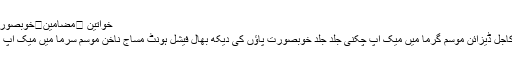
خواتین ⬅مضامین⬅خوبصورتی⬅دھوپ سے جھلسی جلد کیسے نکھاریں
ہاتھوں کی دیکھ بھال ناک فیس ماسک بال کاجل ڈیزائن موسم گرما میں میک اپ چکنی جلد جلد خوبصورت پاؤں کی دیکھ بھال فیشل ہونٹ مساج ناخن موسم سرما میں میک اپ مہندی کے ڈیزائن نیل پالش میک اپ مہندی